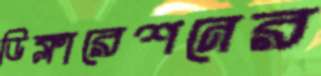
ডিক্লারেশনের